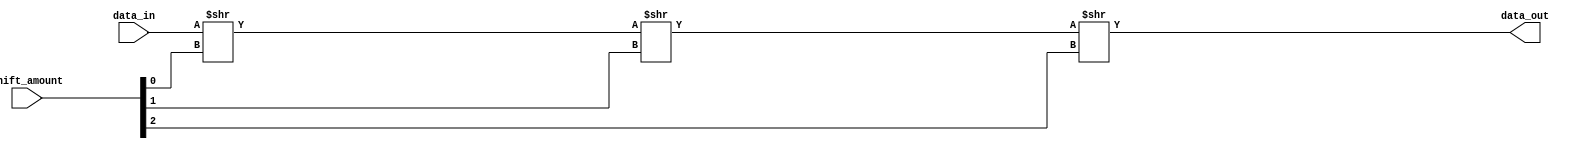
module CircularBarrelShifter (
    input [7:0] data_in,
    input [2:0] shift_amount,
    output [7:0] data_out
);

reg [7:0] temp_data [2:0];

always @* begin
    temp_data[0] = data_in >> shift_amount[0];
    temp_data[1] = temp_data[0] >> shift_amount[1];
    temp_data[2] = temp_data[1] >> shift_amount[2];
    
    data_out = temp_data[2];
end

endmodule